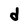
Character: d